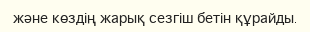
және көздің жарық сезгіш бетін құрайды.